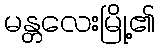
မန္တလေးမြို့၏